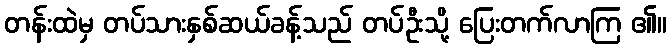
တန်းထဲမှ တပ်သားနှစ်ဆယ်ခန့်သည် တပ်ဦးသို့ ပြေးတက်လာကြ ၏။